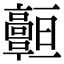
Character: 𩫧